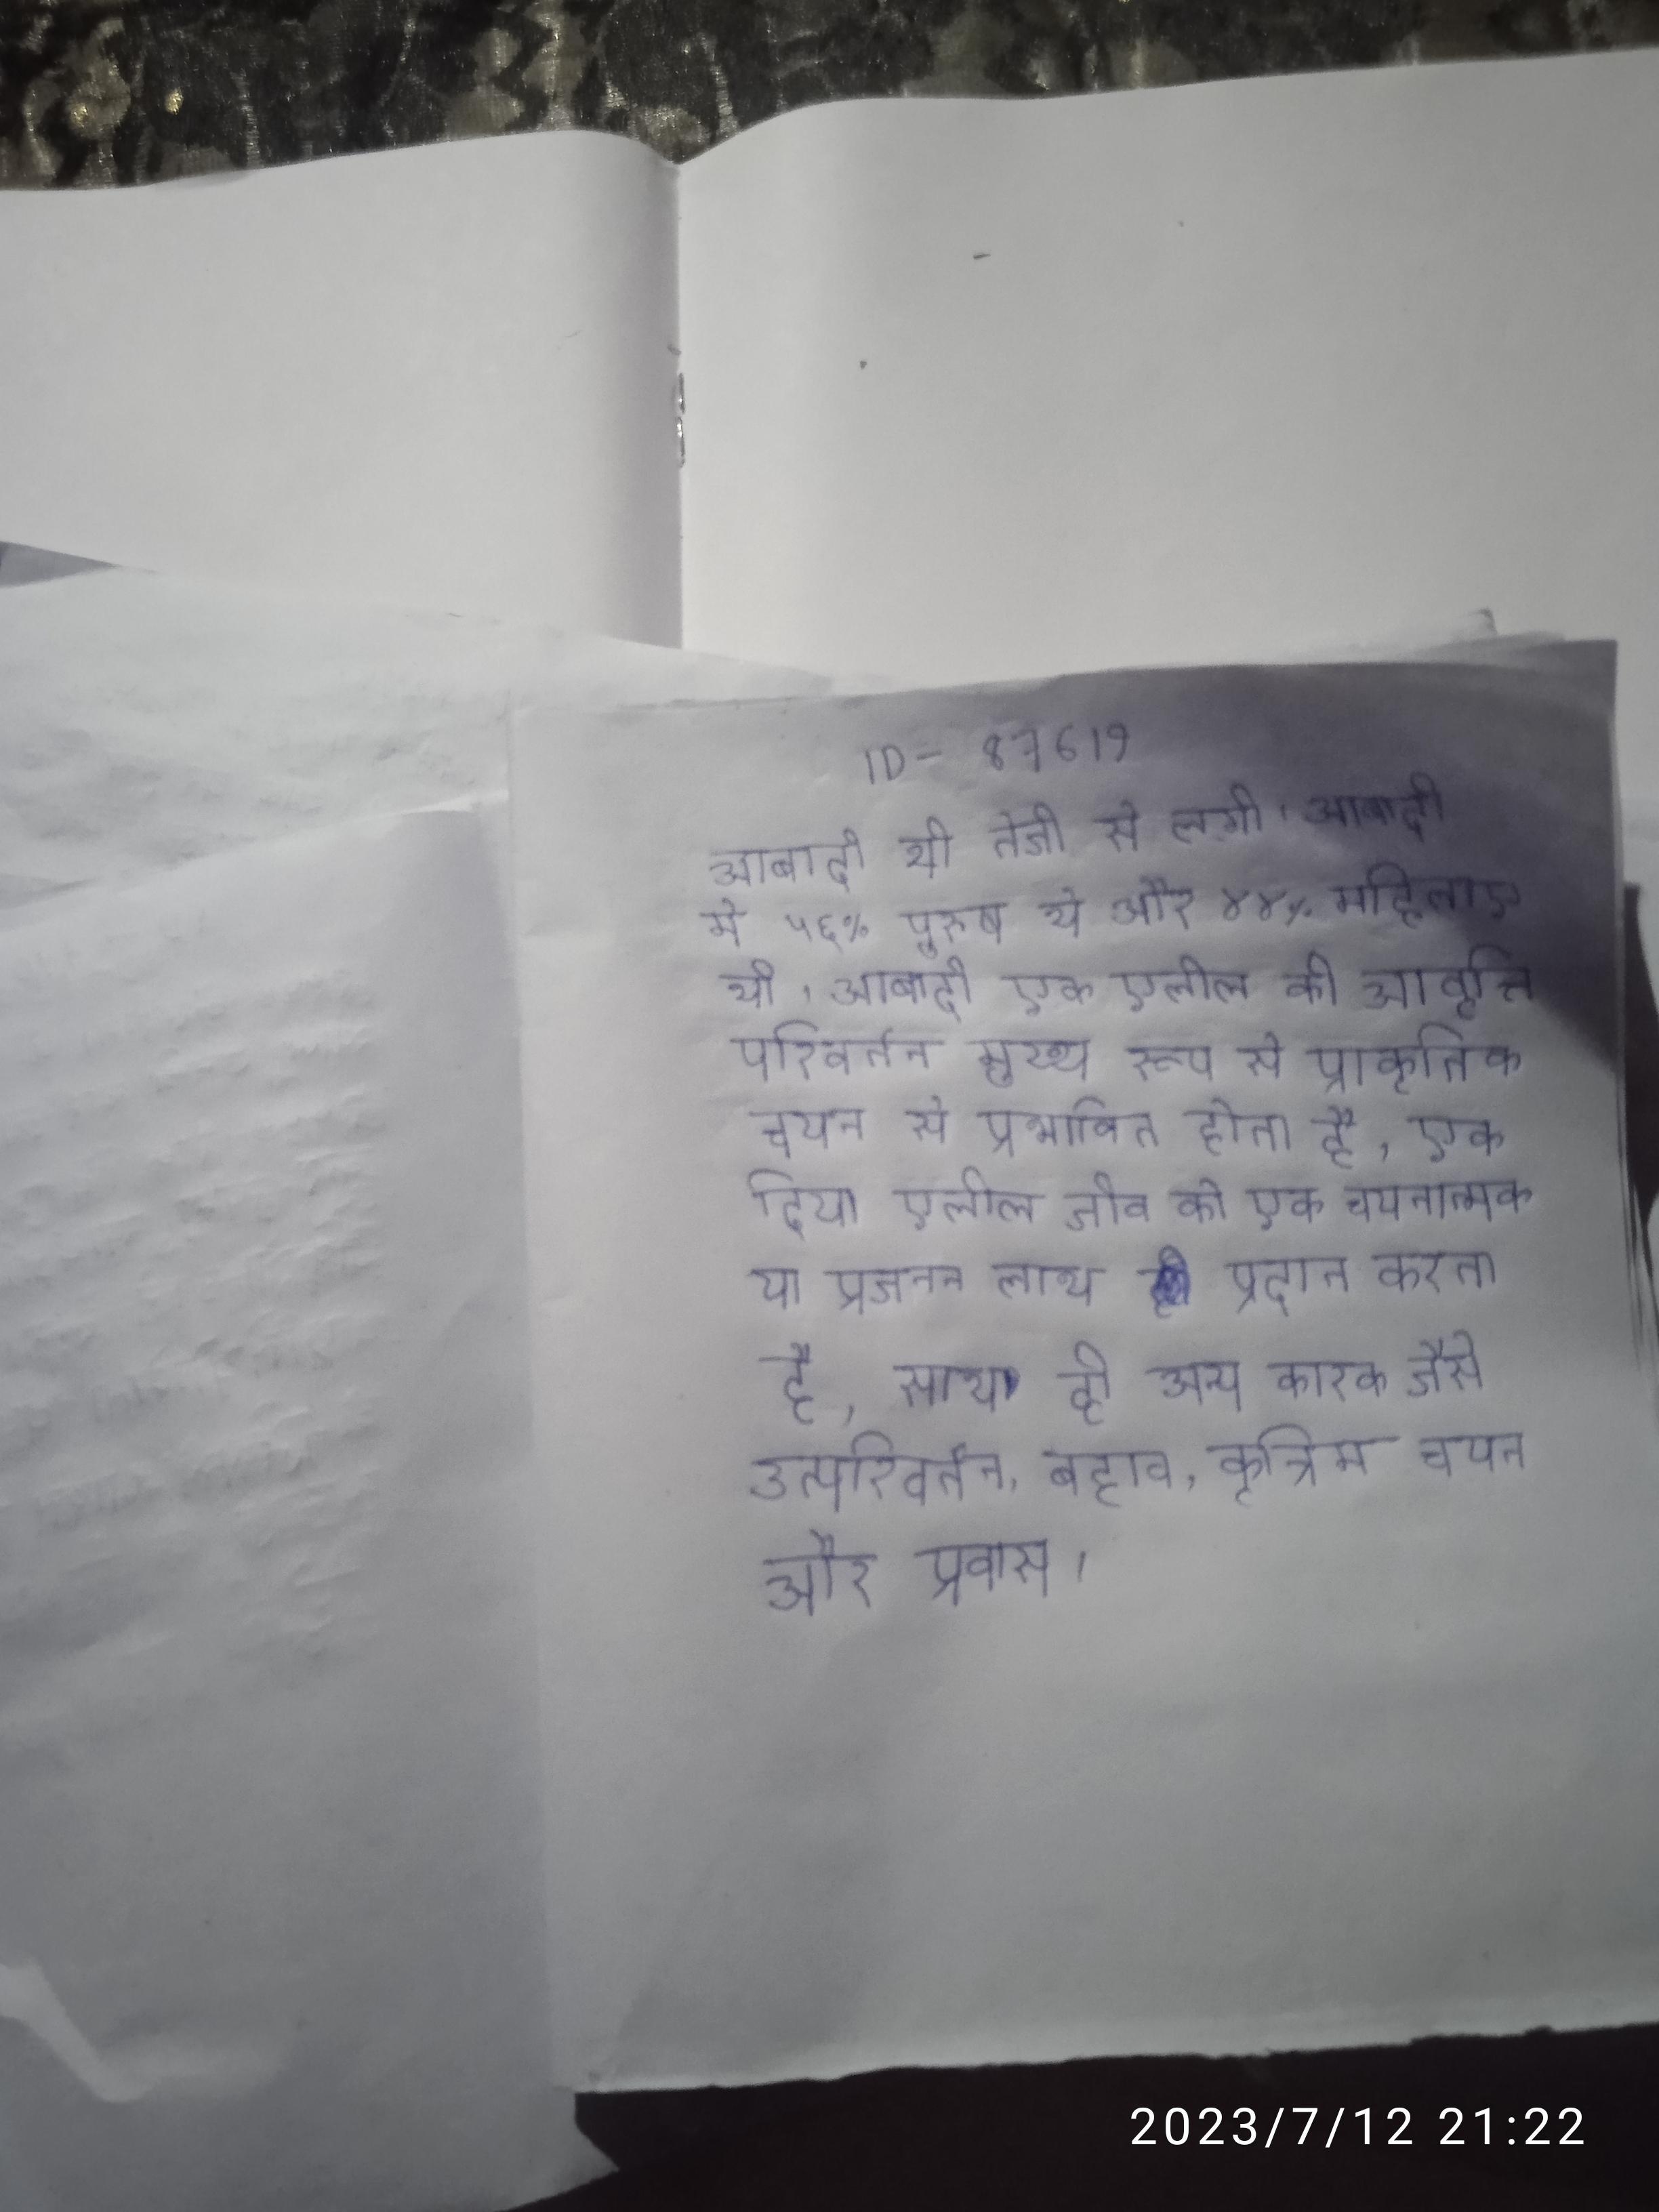
आबादी भी तेजी से लगी । आबादी मे ५६% पुरुष थे और ४४% महिलाए थी । आबादी एक एलील की आवृत्ति परिवर्तन मुख्य रूप से प्राकृतिक चयन से प्रभावित होता है, एक दिया एलील जीव को एक चयनात्मक या प्रजनन लाभ प्रदान करता है, साथ ही अन्य कारक जैसे उत्परिवर्तन, बहाव, कृत्रिम चयन और प्रवास ।